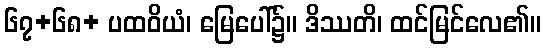
၆၇+၆၈+ ပထဝိယံ၊ မြေပေါ်၌။ ဒိဿတိ၊ ထင်မြင်လေ၏။